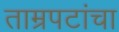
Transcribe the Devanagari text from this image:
ताम्रपटांचा